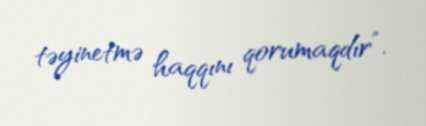
təyinetmə haqqını qorumaqdır”.